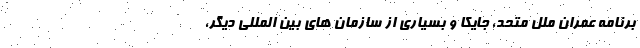
برنامه عمران ملل متحد، جایکا و بسیاری از سازمان های بین المللی دیگر،